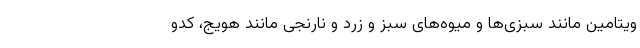
ویتامین مانند سبزی‌ها و میوه‌های سبز و زرد و نارنجی مانند هویج، کدو